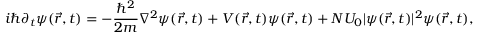
i \hbar \partial _ { t } \psi ( \vec { r } , t ) = - \frac { \hbar ^ { 2 } } { 2 m } \nabla ^ { 2 } \psi ( \vec { r } , t ) + V ( \vec { r } , t ) \psi ( \vec { r } , t ) + N U _ { 0 } | \psi ( \vec { r } , t ) | ^ { 2 } \psi ( \vec { r } , t ) ,